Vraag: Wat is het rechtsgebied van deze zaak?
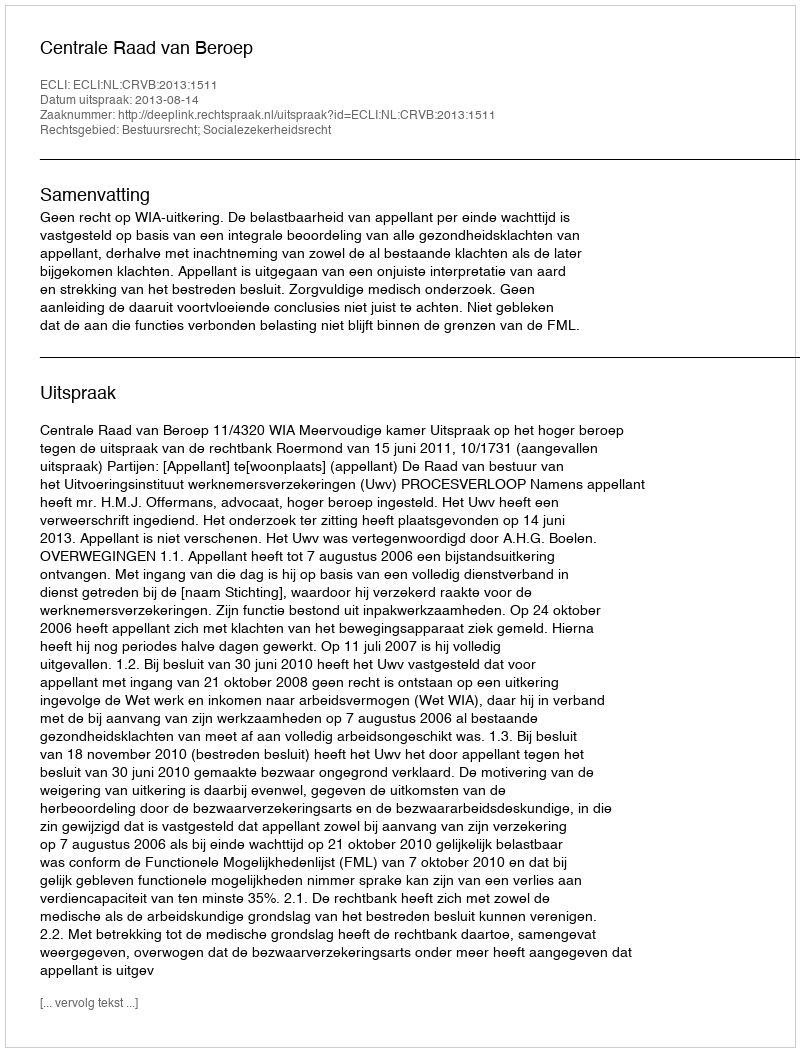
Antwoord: Bestuursrecht; Socialezekerheidsrecht